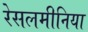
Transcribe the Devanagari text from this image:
रेसलमीनिया